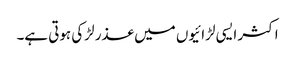
اکثر ایسی لڑائیوں میں عذر لڑکی ہوتی ہے۔